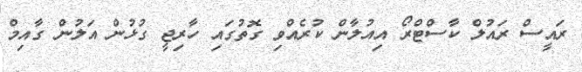
ރައީސް ރައުލް ކާސްޓްރޯ އިއުލާން ކުރެއްވި ގޮތުގައި ހާރިޖީ ގުޅުން އަލުން ގާއިމް